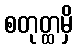
စတုတ္ထမှိ